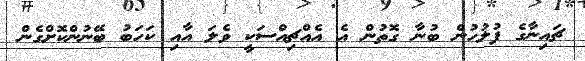
ޗައިނާގެ ފުލުހުން ބުނާ ގޮތުން އެ އެއްޗިއްސަކީ ވެލަ އާއި ކަހަބު ބޭނުންކޮށްގެން